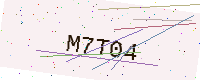
Text: M7T04